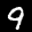
Label: 9